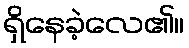
ရှိနေခဲ့လေ၏။